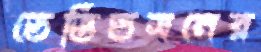
ডেভিডসনের